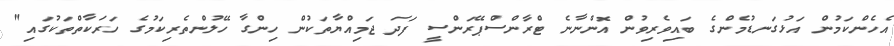
އެހެންކަމުން އަޅުގަނޑުމެންގެ ބައިވެރިވުން އޮންނާނެ ޓްރާންސްޕޭރަންސީ ފަދަ ޖަމިއްޔާތަކުން ހިންގާ ހޭލުންތެރިކަމުގެ ހަރަކާތްތަކުގައި"